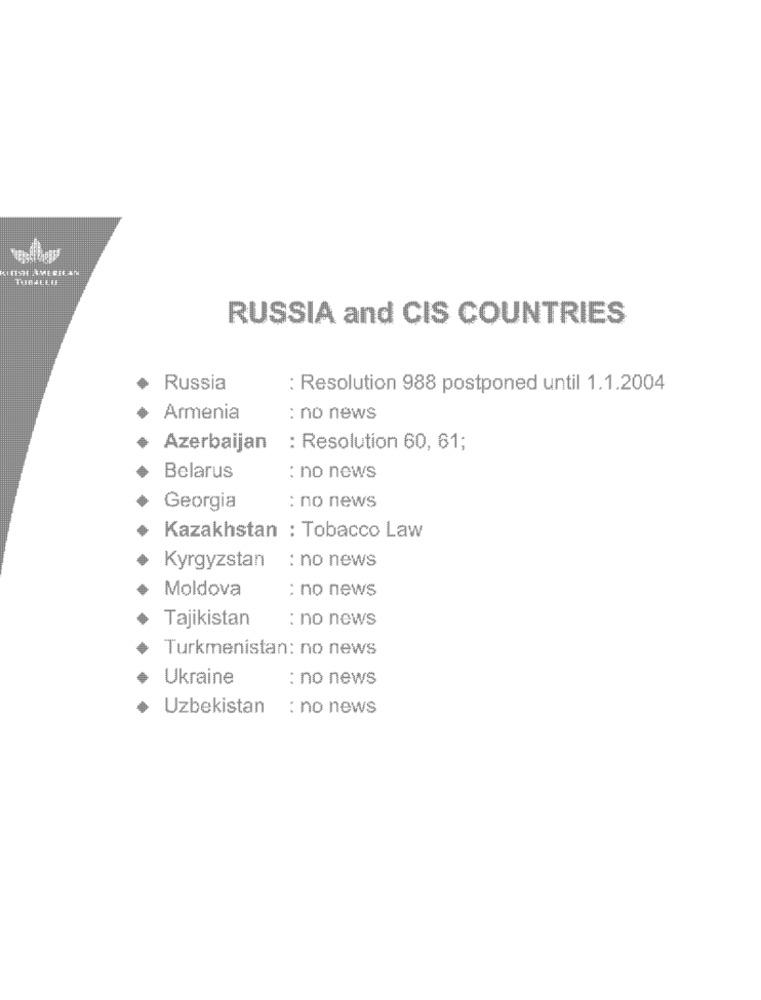
RUSSIA and CIS COUNTRIES
Russia
: Resolution 988 postponed until 1.1.2004
Armenia
: no news
Azerbaijan
: Resolution 60, 61;
Belarus
: no news
: no news
Georgia
Kazakhstan : Tobacco Law
: no news
Kyrgyzstan
Moldova
: no news
Tajikistan
: no news
Turkmenistan: no news
Ukraine
: no news
Uzbekistan
: no news